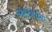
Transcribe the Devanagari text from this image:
अहीशयना